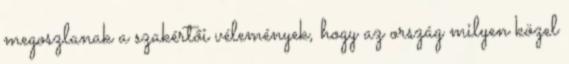
megoszlanak a szakértői vélemények, hogy az ország milyen közel